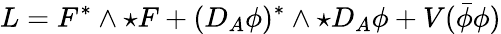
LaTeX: L=F^{*}\wedge\star F+(D_{A}\phi)^{*}\wedge\star D_{A}\phi+V(\bar{\phi}\phi)